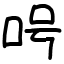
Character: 呺